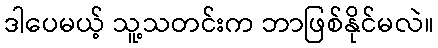
ဒါပေမယ့် သူ့သတင်းက ဘာဖြစ်နိုင်မလဲ။